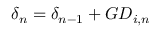
\delta _ { n } = \delta _ { n - 1 } + G D _ { i , n }